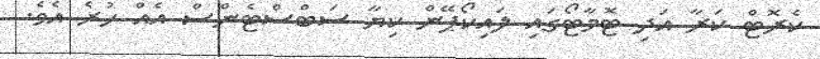
ކެރޮޓް ކަރާ އަދި ޓޮމާޓޯގައި ލައިކޯޕޭން ކިޔާ ސަބްސްޓެންސް އެއް ހުރެ އެވެ.